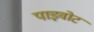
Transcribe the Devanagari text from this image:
पाइवोट